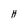
Character: H